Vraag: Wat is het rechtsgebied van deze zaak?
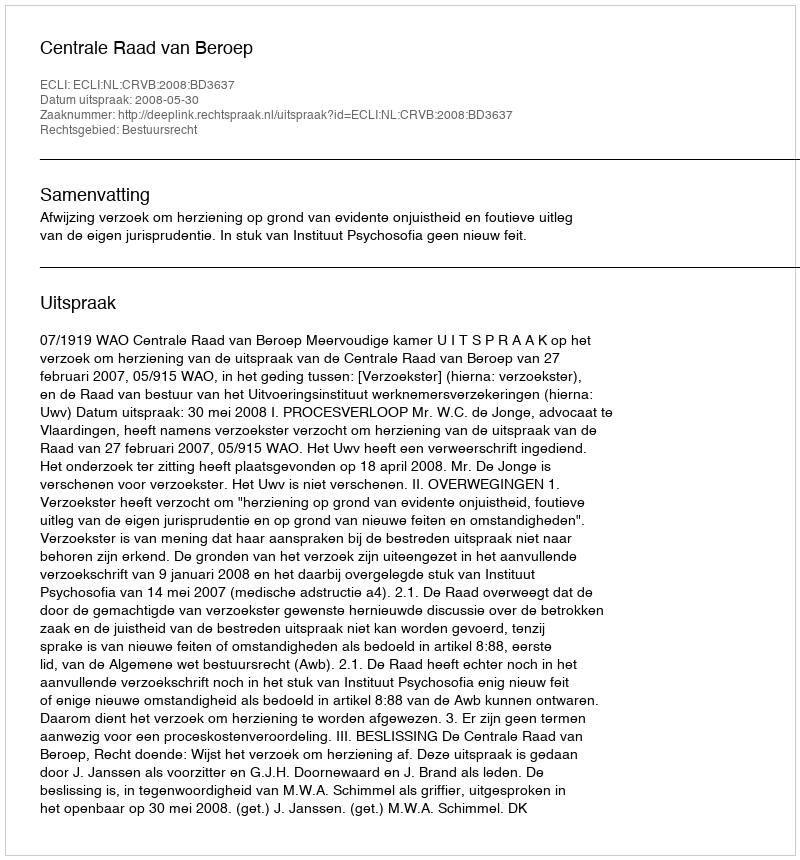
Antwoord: Bestuursrecht